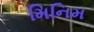
મિનિમ